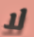
لا